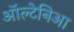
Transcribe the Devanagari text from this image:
ऑल्टेनिआ